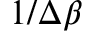
1 / \Delta \beta